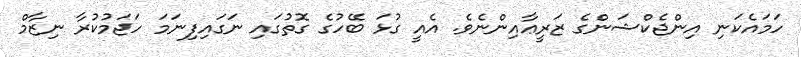
ހަމައެކަނި އިންޖެކްޝަންގެ ޒަރީޢާއިންނެވެ. އެއީ ގުޅަ ބޭހުގެ ގޮތުގައި ނަގައިފިނަމަ ހަޖަމުކުރާ ނިޒާމް